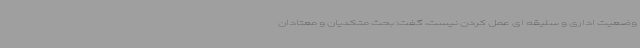
وضعیت اداری و سلیقه ای عمل کردن نیست، گفت: بحث متکدیان و معتادان